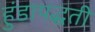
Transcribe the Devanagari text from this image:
हुंडापद्धती